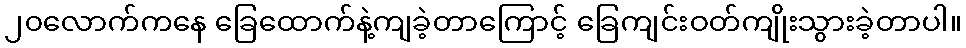
၂၀လောက်ကနေ ခြေထောက်နဲ့ကျခဲ့တာကြောင့် ခြေကျင်းဝတ်ကျိုးသွားခဲ့တာပါ။